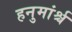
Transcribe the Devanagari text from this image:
हनुमांर्श्च